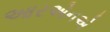
આરએનએ